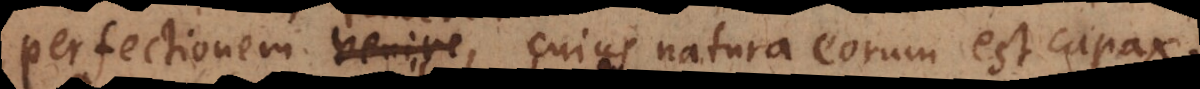
perfectionem venire, cujus natura eorum est capax.